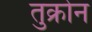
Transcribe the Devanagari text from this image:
तुक्रोन